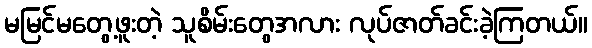
မမြင်မတွေ့ဖူးတဲ့ သူစိမ်းတွေအလား လုပ်ဇာတ်ခင်းခဲ့ကြတယ်။